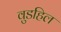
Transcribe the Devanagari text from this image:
वुडहिल